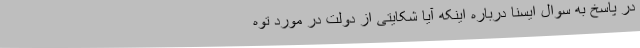
در پاسخ به سوال ایسنا درباره اینکه آیا شکایتی از دولت در مورد توه